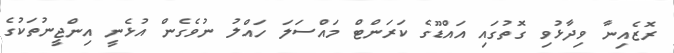
ރޮޒެއިނާ ވިދާޅުވި ގޮތުގައި އައްޑޫގެ ކަރަންޓް މައްސަލަ ހައްލު ނުވެގެން އުޅެނީ އިންޖީނުތަކުގެ